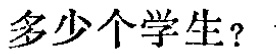
多少个学生？